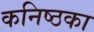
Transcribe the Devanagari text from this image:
कनिष्ठका